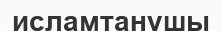
исламтанушы